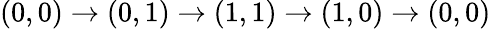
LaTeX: (0,0)\rightarrow(0,1)\rightarrow(1,1)\rightarrow(1,0)\rightarrow(0,0)